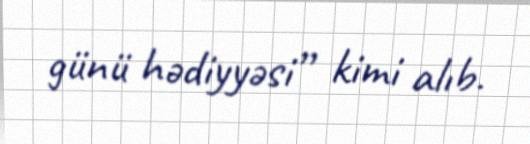
günü hədiyyəsi” kimi alıb.